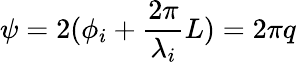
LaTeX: \psi=2(\phi_{i}+\frac{2\pi}{\lambda_{i}}L)=2\pi q